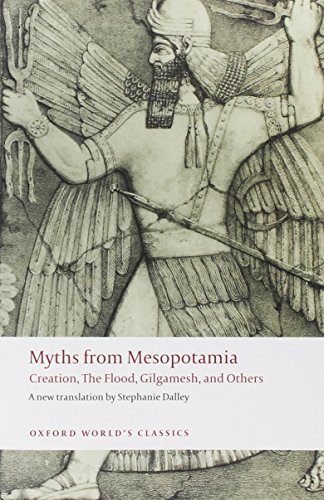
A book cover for Myths from Mesopotamia: Creation, the Flood, Gilgamesh, and Others (Oxford World's Classics); Literature & Fiction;